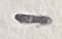
Text: -